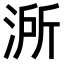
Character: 𣷲